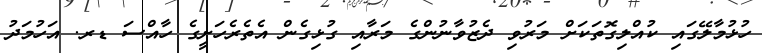
ހުޅުމާލޭގައި ކުއްލިގޮތަކަށް މަރުވި ދެޒުވާނުންގެ މަރާއި ގުޅިގެން އެތެރެހަށީގެ ހާއްސަ ޑރ. އަހުމަދު